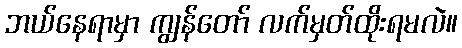
ဘယ်နေရာမှာ ကျွန်တော် လက်မှတ်ထိုးရမလဲ။